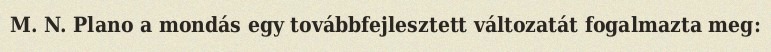
M. N. Plano a mondás egy továbbfejlesztett változatát fogalmazta meg: